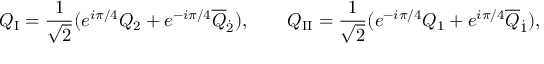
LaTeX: Q _ { \mathrm { I } } = \frac { 1 } { \sqrt { 2 } } ( e ^ { i \pi / 4 } Q _ { 2 } + e ^ { - i \pi / 4 } \overline { { { Q } } } _ { \dot { 2 } } ) , \qquad Q _ { \mathrm { I I } } = \frac { 1 } { \sqrt { 2 } } ( e ^ { - i \pi / 4 } Q _ { 1 } + e ^ { i \pi / 4 } \overline { { { Q } } } _ { \dot { 1 } } ) ,